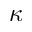
\kappa